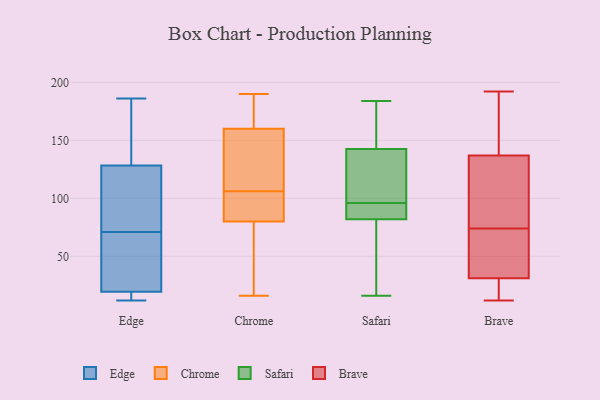
{"axis": {"x": "Active Users", "y": "Value"}, "legend": ["Brave", "Chrome", "Edge", "Safari"], "data": [{"x": "", "y": 186, "type": "Edge"}, {"x": "", "y": 162, "type": "Edge"}, {"x": "", "y": 12, "type": "Edge"}, {"x": "", "y": 126, "type": "Edge"}, {"x": "", "y": 26, "type": "Edge"}, {"x": "", "y": 88, "type": "Edge"}, {"x": "", "y": 71, "type": "Edge"}, {"x": "", "y": 18, "type": "Edge"}, {"x": "", "y": 15, "type": "Edge"}, {"x": "", "y": 20, "type": "Edge"}, {"x": "", "y": 18, "type": "Edge"}, {"x": "", "y": 99, "type": "Edge"}, {"x": "", "y": 46, "type": "Edge"}, {"x": "", "y": 115, "type": "Edge"}, {"x": "", "y": 135, "type": "Edge"}, {"x": "", "y": 60, "type": "Edge"}, {"x": "", "y": 144, "type": "Edge"}, {"x": "", "y": 16, "type": "Chrome"}, {"x": "", "y": 190, "type": "Chrome"}, {"x": "", "y": 160, "type": "Chrome"}, {"x": "", "y": 177, "type": "Chrome"}, {"x": "", "y": 160, "type": "Chrome"}, {"x": "", "y": 23, "type": "Chrome"}, {"x": "", "y": 120, "type": "Chrome"}, {"x": "", "y": 77, "type": "Chrome"}, {"x": "", "y": 174, "type": "Chrome"}, {"x": "", "y": 35, "type": "Chrome"}, {"x": "", "y": 127, "type": "Chrome"}, {"x": "", "y": 87, "type": "Chrome"}, {"x": "", "y": 86, "type": "Chrome"}, {"x": "", "y": 182, "type": "Chrome"}, {"x": "", "y": 88, "type": "Chrome"}, {"x": "", "y": 31, "type": "Chrome"}, {"x": "", "y": 101, "type": "Chrome"}, {"x": "", "y": 83, "type": "Chrome"}, {"x": "", "y": 140, "type": "Chrome"}, {"x": "", "y": 111, "type": "Chrome"}, {"x": "", "y": 97, "type": "Safari"}, {"x": "", "y": 175, "type": "Safari"}, {"x": "", "y": 142, "type": "Safari"}, {"x": "", "y": 85, "type": "Safari"}, {"x": "", "y": 16, "type": "Safari"}, {"x": "", "y": 33, "type": "Safari"}, {"x": "", "y": 95, "type": "Safari"}, {"x": "", "y": 83, "type": "Safari"}, {"x": "", "y": 129, "type": "Safari"}, {"x": "", "y": 148, "type": "Safari"}, {"x": "", "y": 108, "type": "Safari"}, {"x": "", "y": 143, "type": "Safari"}, {"x": "", "y": 39, "type": "Safari"}, {"x": "", "y": 81, "type": "Safari"}, {"x": "", "y": 93, "type": "Safari"}, {"x": "", "y": 184, "type": "Safari"}, {"x": "", "y": 153, "type": "Brave"}, {"x": "", "y": 17, "type": "Brave"}, {"x": "", "y": 70, "type": "Brave"}, {"x": "", "y": 192, "type": "Brave"}, {"x": "", "y": 33, "type": "Brave"}, {"x": "", "y": 101, "type": "Brave"}, {"x": "", "y": 35, "type": "Brave"}, {"x": "", "y": 176, "type": "Brave"}, {"x": "", "y": 12, "type": "Brave"}, {"x": "", "y": 78, "type": "Brave"}, {"x": "", "y": 121, "type": "Brave"}, {"x": "", "y": 29, "type": "Brave"}]}